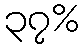
၃၇%